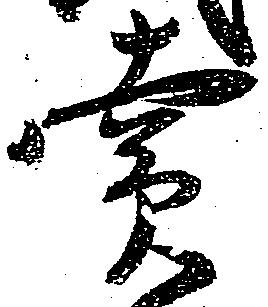
売